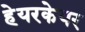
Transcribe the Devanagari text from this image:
हेयरकेयर